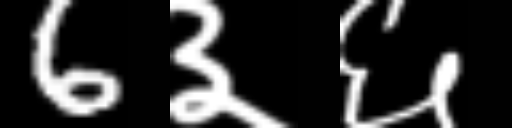
Text: 6३६